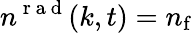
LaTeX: n^{\mathrm{~r~a~d~}}(k,t)=n_{\mathrm{f}}